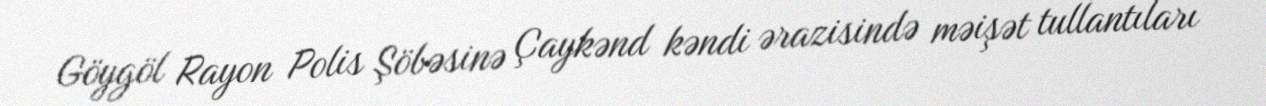
Göygöl Rayon Polis Şöbəsinə Çaykənd kəndi ərazisində məişət tullantıları